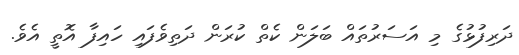
ދަރިފުޅުގެ މި އަސަރުތައް ބަލަން ކެތް ކުރަން ދަތިވެފައި ހައިފާ އޮތީ އެވެ.